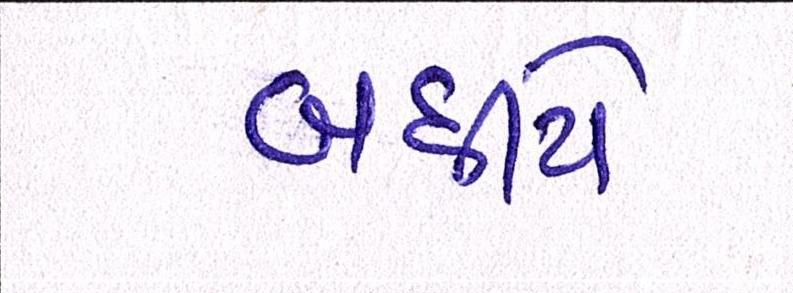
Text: બધીયે